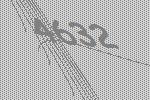
4632